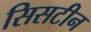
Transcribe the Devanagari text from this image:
सिसटीन